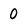
Character: 0